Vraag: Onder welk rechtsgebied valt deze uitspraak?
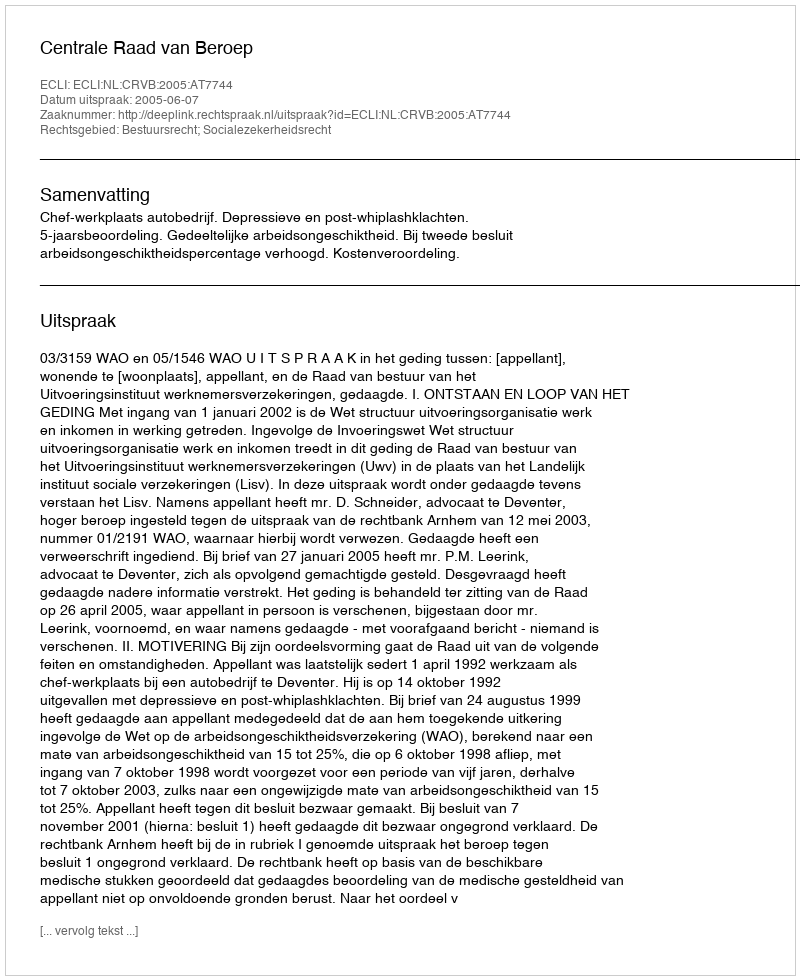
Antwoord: Bestuursrecht; Socialezekerheidsrecht